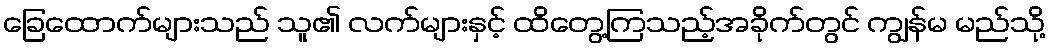
ခြေထောက်များသည် သူ၏ လက်များနှင့် ထိတွေ့ကြသည့်အခိုက်တွင် ကျွန်မ မည်သို့